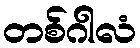
တစ်ဂါလံ